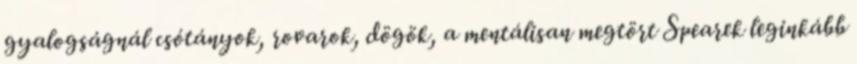
gyalogságnál csótányok, rovarok, dögök, a mentálisan megtört Spearek leginkább